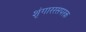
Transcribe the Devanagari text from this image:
शृंगाररसपरक